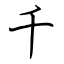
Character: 千